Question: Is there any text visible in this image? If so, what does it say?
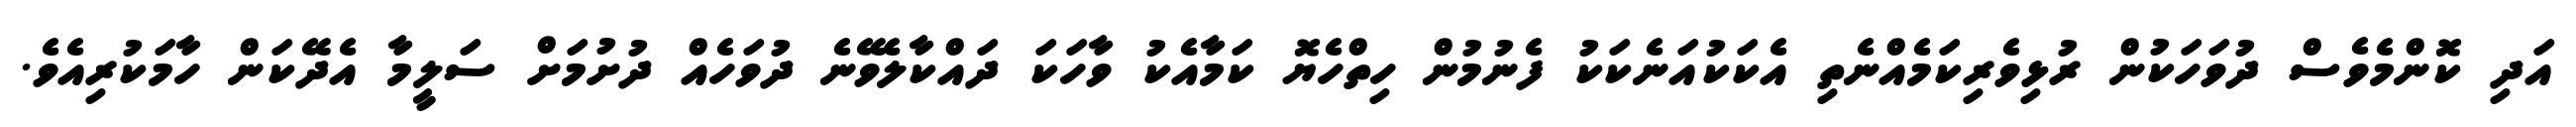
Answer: އަދި ކޮންމެވެސް ދުވަހަކުން ރުޅިވެރިކަމެއްނެތި އެކަކުއަނެކަކު ފެނުމުން ހިތްހެޔޮ ކަމާއެކު ވާހަކަ ދައްކާލެވޭނެ ދުވަހެއް ދުށުމަށް ސަލީމާ އެދޭކަން ހާމަކުރިއެވެ.